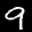
Label: 9